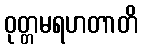
ဝုတ္တမရဟတာတိ